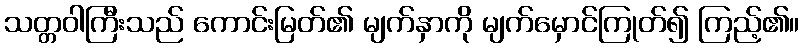
သတ္တဝါကြီးသည် ကောင်းမြတ်၏ မျက်နှာကို မျက်မှောင်ကြုတ်၍ ကြည့်၏။